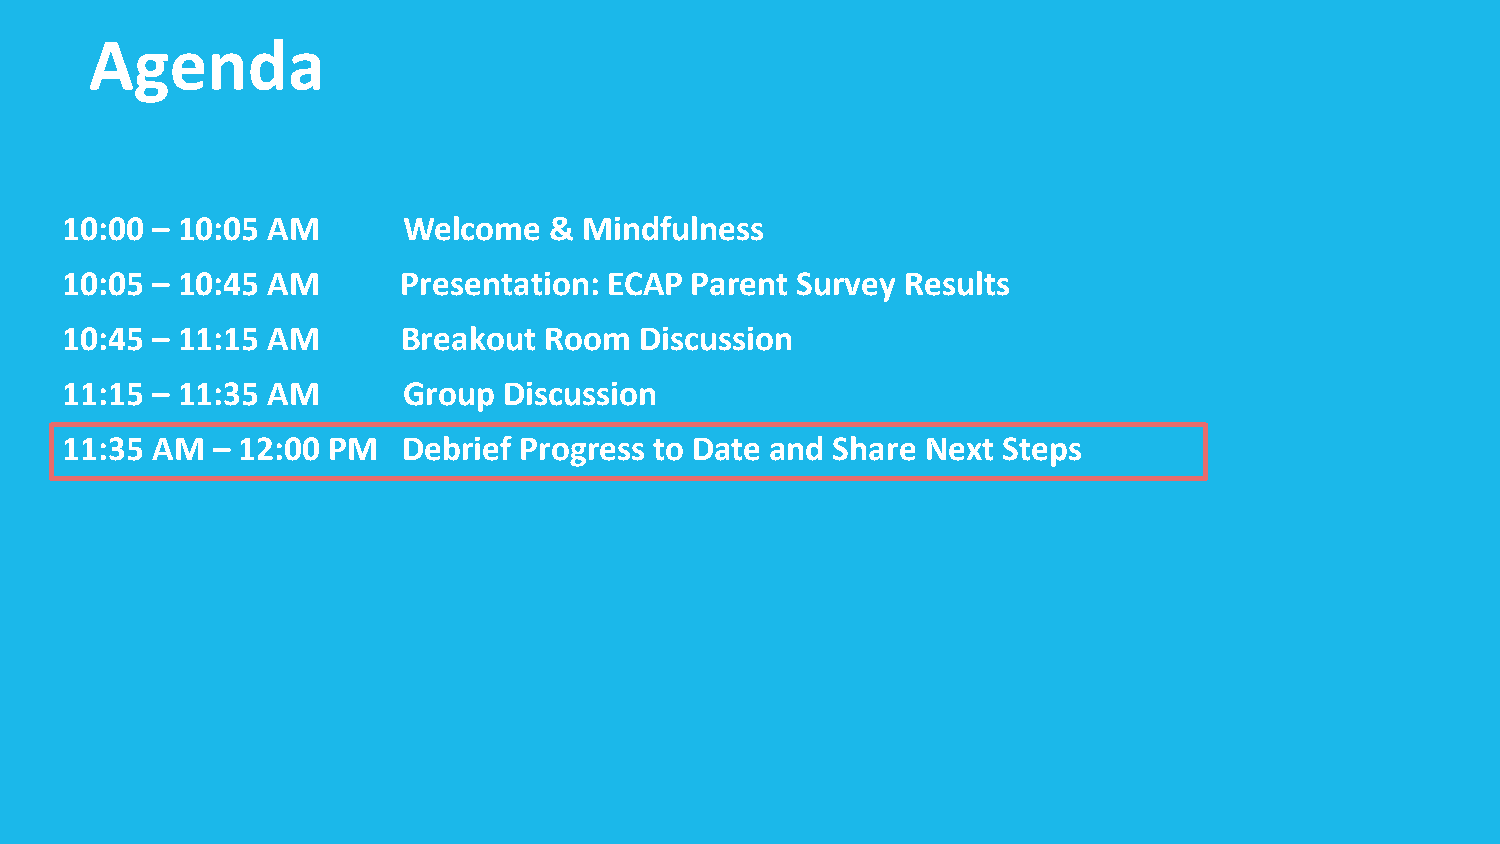
Agenda
 10:00 – 10:05 AM       Welcome  &  Mindfulness
 10:05 – 10:45 AM       Presentation: ECAP Parent Survey Results
 10:45 – 11:15 AM       Breakout Room  Discussion
 11:15 – 11:35 AM       Group Discussion
 11:35 AM  – 12:00 PM   Debrief Progress to Date and Share Next Steps